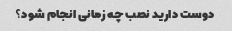
دوست دارید نصب چه زمانی انجام شود؟